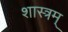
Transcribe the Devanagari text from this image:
शास्त्रम्